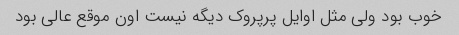
خوب بود ولی مثل اوایل پرپروک دیگه نیست اون موقع عالی بود